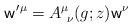
LaTeX: \begin{align*}{\sf w}^{\prime}{}^{\mu}=A^{\mu}_{~\nu}(g;z){\sf w}^{\nu}\end{align*}